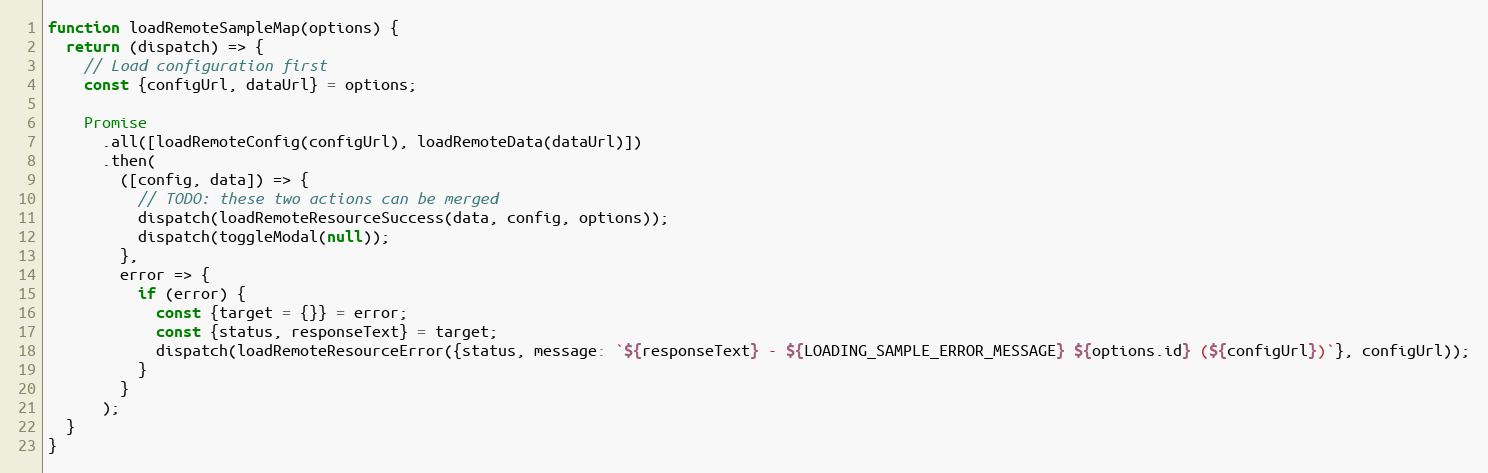
Language: JavaScript
function loadRemoteSampleMap(options) {
  return (dispatch) => {
    // Load configuration first
    const {configUrl, dataUrl} = options;

    Promise
      .all([loadRemoteConfig(configUrl), loadRemoteData(dataUrl)])
      .then(
        ([config, data]) => {
          // TODO: these two actions can be merged
          dispatch(loadRemoteResourceSuccess(data, config, options));
          dispatch(toggleModal(null));
        },
        error => {
          if (error) {
            const {target = {}} = error;
            const {status, responseText} = target;
            dispatch(loadRemoteResourceError({status, message: `${responseText} - ${LOADING_SAMPLE_ERROR_MESSAGE} ${options.id} (${configUrl})`}, configUrl));
          }
        }
      );
  }
}